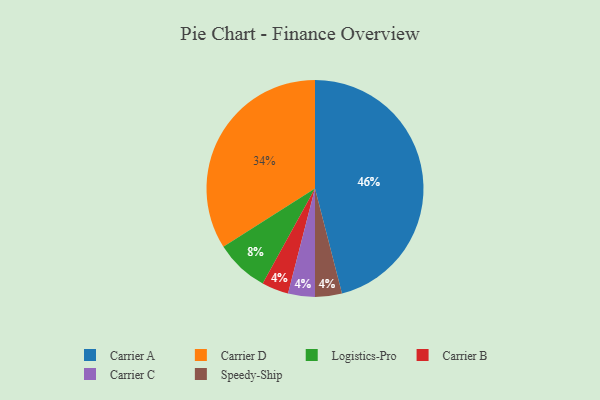
{"axis": {"x": "Category", "y": "Percentage"}, "legend": ["Carrier A", "Carrier B", "Carrier C", "Carrier D", "Logistics-Pro", "Speedy-Ship"], "data": [{"x": "Carrier A", "y": 46, "type": "Carrier A"}, {"x": "Carrier B", "y": 4, "type": "Carrier B"}, {"x": "Carrier C", "y": 4, "type": "Carrier C"}, {"x": "Speedy-Ship", "y": 4, "type": "Speedy-Ship"}, {"x": "Logistics-Pro", "y": 8, "type": "Logistics-Pro"}, {"x": "Carrier D", "y": 34, "type": "Carrier D"}]}